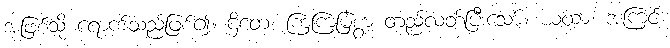
အဖြစ်သို့ ရောက်သည်ဖြစ်၍။ ဌိတေ၊ ကြံ့ကြံ့မြဲစွာ တည်လတ်ပြီးသော်။ ယထာ၊ အကြင်